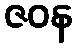
ဇဝန